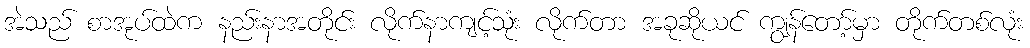
အဲသည် စာအုပ်ထဲက နည်းနာအတိုင်း လိုက်နာကျင့်သုံး လိုက်တာ အခုဆိုယင် ကျွန်တော့်မှာ တိုက်တစ်လုံး